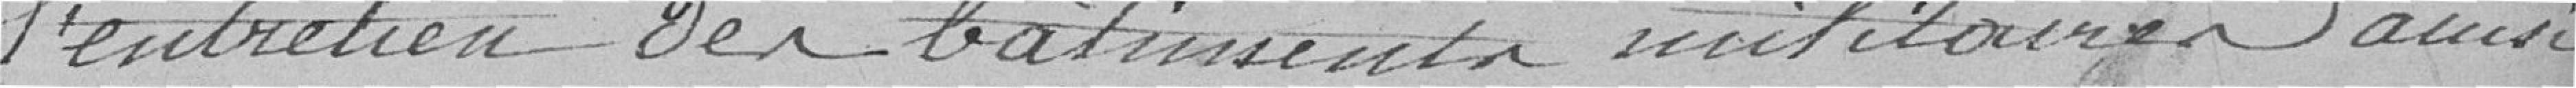
l'entretien des bâtiments militaires ainsi